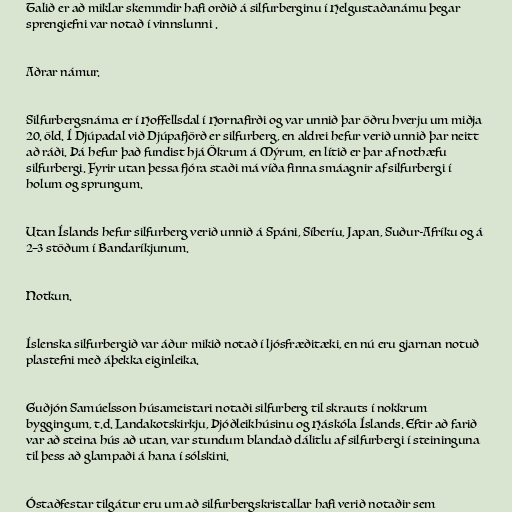
Talið er að miklar skemmdir hafi orðið á silfurberginu í Helgustaðanámu þegar
sprengiefni var notað í vinnslunni .

Aðrar námur.

Silfurbergsnáma er í Hoffellsdal í Hornafirði og var unnið þar öðru hverju um miðja
20. öld. Í Djúpadal við Djúpafjörð er silfurberg, en aldrei hefur verið unnið þar neitt
að ráði. Þá hefur það fundist hjá Ökrum á Mýrum, en lítið er þar af nothæfu
silfurbergi. Fyrir utan þessa fjóra staði má víða finna smáagnir af silfurbergi í
holum og sprungum.

Utan Íslands hefur silfurberg verið unnið á Spáni, Síberíu, Japan, Suður-Afríku og á
2–3 stöðum í Bandaríkjunum.

Notkun.

Íslenska silfurbergið var áður mikið notað í ljósfræðitæki, en nú eru gjarnan notuð
plastefni með áþekka eiginleika.

Guðjón Samúelsson húsameistari notaði silfurberg til skrauts í nokkrum
byggingum, t.d. Landakotskirkju, Þjóðleikhúsinu og Háskóla Íslands. Eftir að farið
var að steina hús að utan, var stundum blandað dálitlu af silfurbergi í steininguna
til þess að glampaði á hana í sólskini.

Óstaðfestar tilgátur eru um að silfurbergskristallar hafi verið notaðir sem